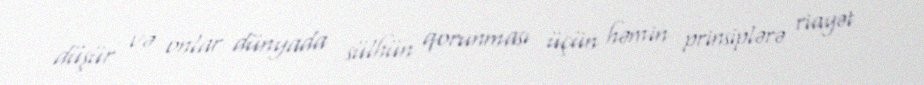
düşür və onlar dünyada sülhün qorunması üçün həmin prinsiplərə riayət